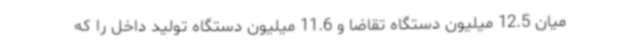
میان 12.5 میلیون دستگاه تقاضا و 11.6 میلیون دستگاه تولید داخل را که